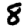
Digit: 8